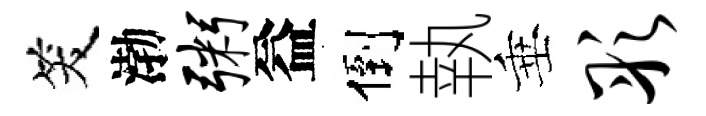
笑渤粥益倒執垂彤